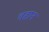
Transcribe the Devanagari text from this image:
वहान